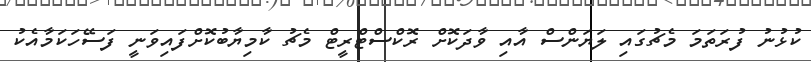
ކުޅުނު ފުރަތަމަ މެޗުގައި ލަޔަންސް އާއި ވާދަކޮށް ރޮކްސްޓްރީޓް މެޗު ކާމިޔާބުކޮށްފައިވަނީ ފަސޭހަކަމާއެކު